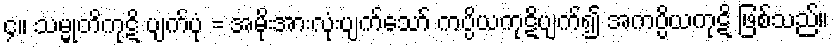
၄။ သမ္မုတိကုဋိ ပျက်ပုံ = အမိုးအားလုံးပျက်သော် ကပ္ပိယကုဋိပျက်၍ အကပ္ပိယကုဋိ ဖြစ်သည်။